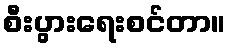
စီးပွားရေးစင်တာ။